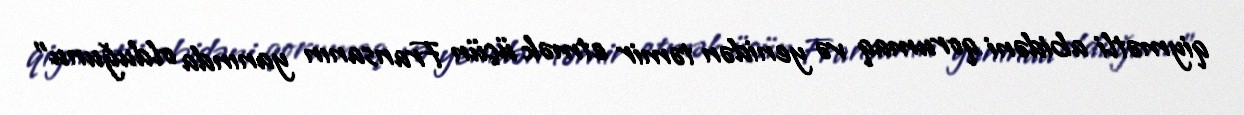
qiymətli abidəni qorumaq və yenidən təmir etmək üçün Fransanın yanında olduğunu”